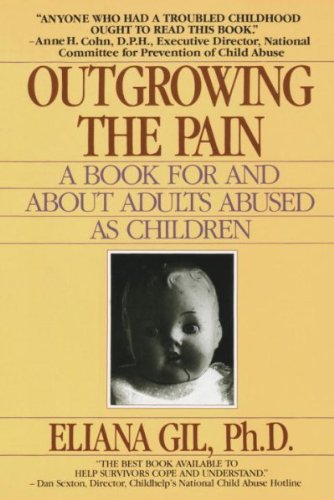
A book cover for Outgrowing the Pain::Book for and About Adults Abused As Children[Paperback,1995]; Eliana Gil; Literature & Fiction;